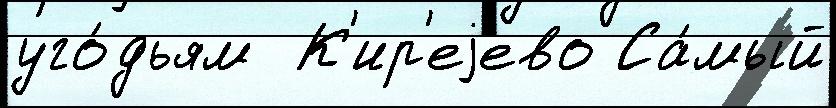
уго́дьям  К'ир'еjево Са́мый